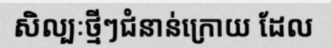
សិល្បៈថ្មីៗជំនាន់ក្រោយ ដែល